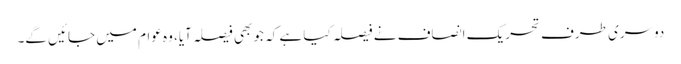
دوسری طرف تحریک انصاف نے فیصلہ کیا ہے کہ جو بھی فیصلہ آیا، وہ عوام میں جائیں گے۔